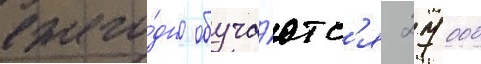
ежего́дно обуча́ютс'я 27 000